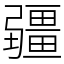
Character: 疆